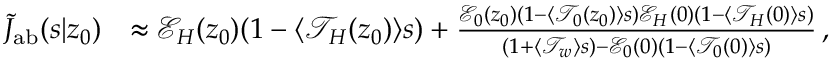
\begin{array} { r l } { \tilde { J } _ { \mathrm { { a b } } } ( s | z _ { 0 } ) } & { \approx \mathcal { E } _ { H } ( z _ { 0 } ) ( 1 - \langle \mathcal { T } _ { H } ( z _ { 0 } ) \rangle s ) + \frac { \mathcal { E } _ { 0 } ( z _ { 0 } ) ( 1 - \langle \mathcal { T } _ { 0 } ( z _ { 0 } ) \rangle s ) \mathcal { E } _ { H } ( 0 ) ( 1 - \langle \mathcal { T } _ { H } ( 0 ) \rangle s ) } { ( 1 + \langle \mathcal { T } _ { w } \rangle s ) - \mathcal { E } _ { 0 } ( 0 ) ( 1 - \langle \mathcal { T } _ { 0 } ( 0 ) \rangle s ) } \, , } \end{array}